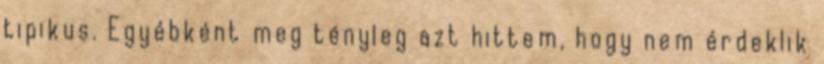
tipikus. Egyébként meg tényleg azt hittem, hogy nem érdeklik